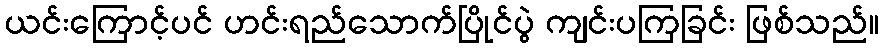
ယင်းကြောင့်ပင် ဟင်းရည်သောက်ပြိုင်ပွဲ ကျင်းပကြခြင်း ဖြစ်သည်။